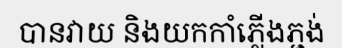
បានវាយ និងយកកាំភ្លើងភ្ជង់